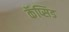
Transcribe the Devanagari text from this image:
कॅप्सिड